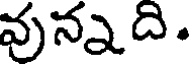
వున్నది.